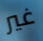
غير